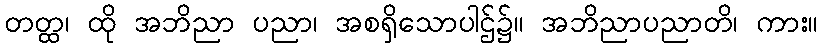
တတ္ထ၊ ထို အဘိညာ ပညာ၊ အစရှိသောပါဌ်၌။ အဘိညာပညာတိ၊ ကား။